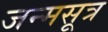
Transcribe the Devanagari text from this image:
जन्मसूत्र